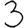
Digit: 3